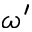
\omega ^ { \prime }